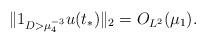
LaTeX: \begin{align*}\|1_{D>\mu_4^{-3}}u(t_*)\|_2=O_{L^2}(\mu_1).\end{align*}